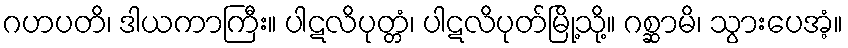
ဂဟပတိ၊ ဒါယကာကြီး။ ပါဋလိပုတ္တံ၊ ပါဋလိပုတ်မြို့သို့။ ဂစ္ဆာမိ၊ သွားပေအံ့။